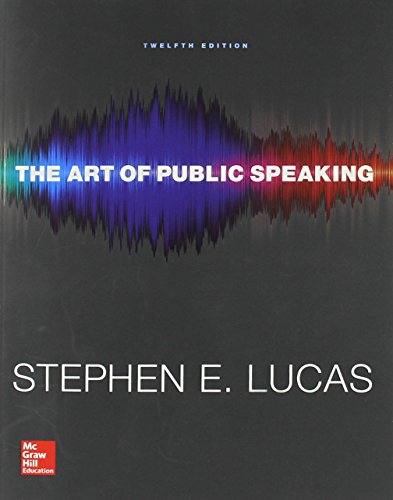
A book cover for The Art of Public Speaking with Connect Access Card; Stephen Lucas; Reference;